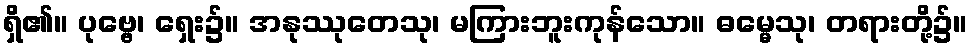
ရှိ၏။ ပုဗ္ဗေ၊ ရှေး၌။ အနုဿုတေသု၊ မကြားဘူးကုန်သော။ ဓမ္မေသု၊ တရားတို့၌။